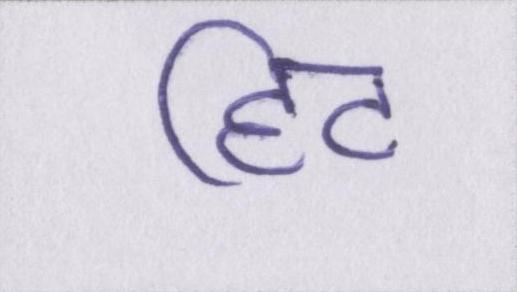
हिट